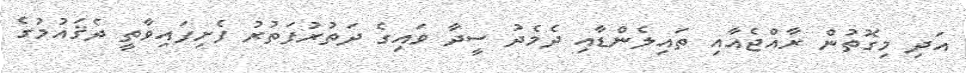
އަދި މިގޮތުން ރާއްޖެއާއި ތައިލެންޑާއި ދެމެދު ސީދާ ވައިގެ ދަތުރުފަތުރު ފެށިފައިވާތީ ދެޤައުމުގެ